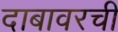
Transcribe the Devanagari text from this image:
दाबावरची